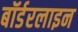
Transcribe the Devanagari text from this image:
बॉर्डरलाइन